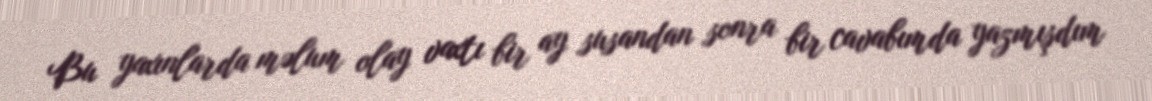
Bu yaxınlarda məlum olay vaxtı bir ay susandan sonra bir cavabımda yazmışdım